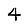
Digit: 4